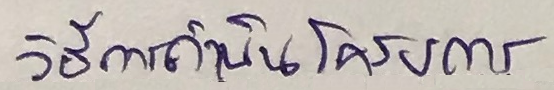
วิธีการดำเนินโครงการ